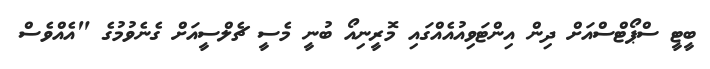
ބީޓީ ސްޕޯޓްސްއަށް ދިން އިންޓަވިއުއެއްގައި މޮރީނިއޯ ބުނީ މެސީ ޗެލްސީއަށް ގެނެވުމުގެ "އެއްވެސް